Burma Government Medical School reports 1923-41
Year: 1923
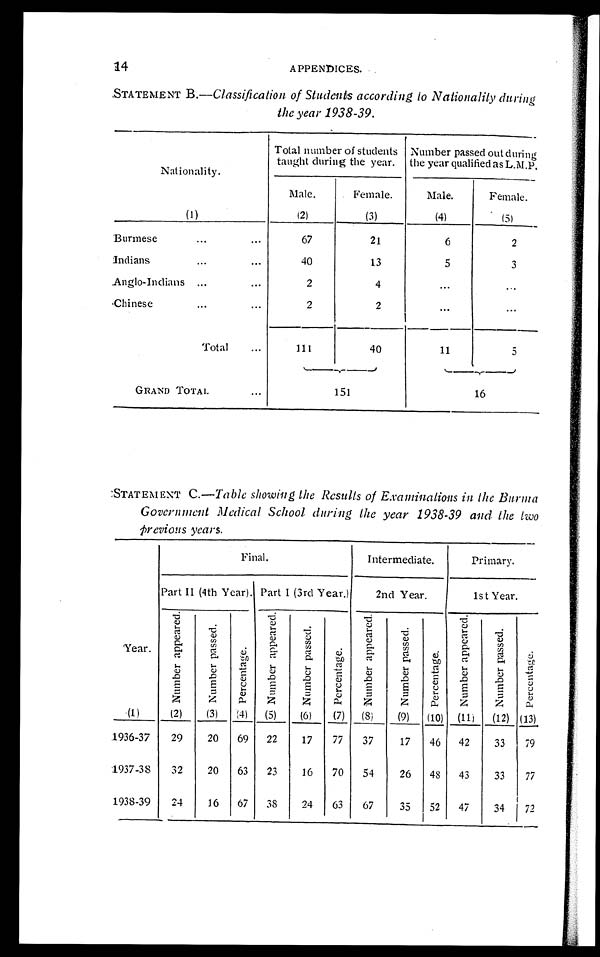
14 APPENDICES.
STATEMENT B.— Classification of Students according to Nationality during
the year 1938-39.
Nationality.
Total number of students
taught during the year.
Number passed out during
the year qualified as L.M.P.
Male.
Female.
Male.
Female.
(1)
(2)
(3)
(4)
( 5 )
Burmese
6 7
21
6
2
Indians
40
13
5
3
Anglo-Indians
2
4
. . .
. . .
Chinese
2
2
. . .
. . .
Total
111
40
11
5
GRAND TOTAL
151
16
STATEMENT C.— Table showing the Results of Examinations in the Burma
Government Medical School during the year 1938-39 and the two
Previous years.
Final.
Intermediate.
Primary.
Part II (4th Year). Part I (3rd Year.)
2nd Year.
1st Year.
Year.
N u m b e r a p p e a r e d .
N u m b e r p a s s e d .
P e r c e n t a g e .
N u m b e r a p p e a r e d .
N u m b e r p a s s e d .
P e r c e n t a g e .
N u m b e r a p p e a r e d .
N u m b e r p a s s e d .
P e r c e n t a g e .
N u m b e r a p p e a r e d .
N u m b e r p a s s e d .
P e r c e n t a g e .
(1)
(2) (3) (4) (5) (6) (7) (8) (9) (10) (11) (12) (13)
1936-37 29 20 69 22 17 77 37
17 46 42 33 79
1937-38 32 20 63 23 16 70 54
26 48 43 33 77
1938-39 24 16 67 38 24 63 67
35 52 47 34 72